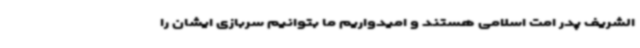
الشریف پدر امت اسلامی هستند و امیدواریم ما بتوانیم سربازی ایشان را